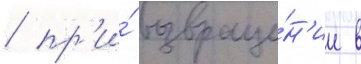
/ пр'и́ возвраще́н'ии в